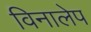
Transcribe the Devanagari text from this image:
विनालेप